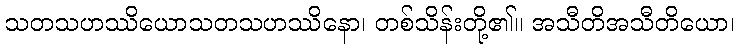
သတသဟဿိယောသတသဟဿိနော၊ တစ်သိန်းတို့၏။ အသီတိအသီတိယော၊